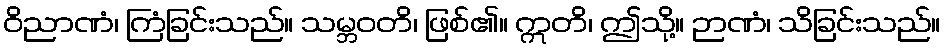
ဝိညာဏံ၊ ကြံခြင်းသည်။ သမ္ဘဝတိ၊ ဖြစ်၏။ ဣတိ၊ ဤသို့။ ဉာဏံ၊ သိခြင်းသည်။